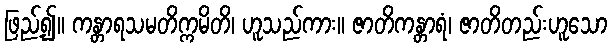
ဖြည့်၍။ ကန္တာရသမတိက္ကမိတိ၊ ဟူသည်ကား။ ဇာတိကန္တာရံ၊ ဇာတိတည်းဟူသော